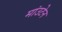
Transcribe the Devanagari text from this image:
मांउटेन